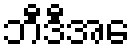
ဘီဒီအေ